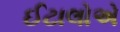
ઈટાલોએ